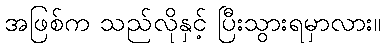
အဖြစ်က သည်လိုနှင့် ပြီးသွားရမှာလား။